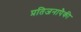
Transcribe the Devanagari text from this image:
प्रतिजनापैकी